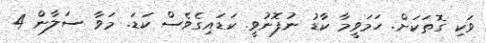
ވަކި ގޮތަކަށް. ހަމަވީމާ ކާޑު ނުފޮނުވީ. ކަޑައިގެވެސް ކަޑަ. މަވާ ސަލާން 4